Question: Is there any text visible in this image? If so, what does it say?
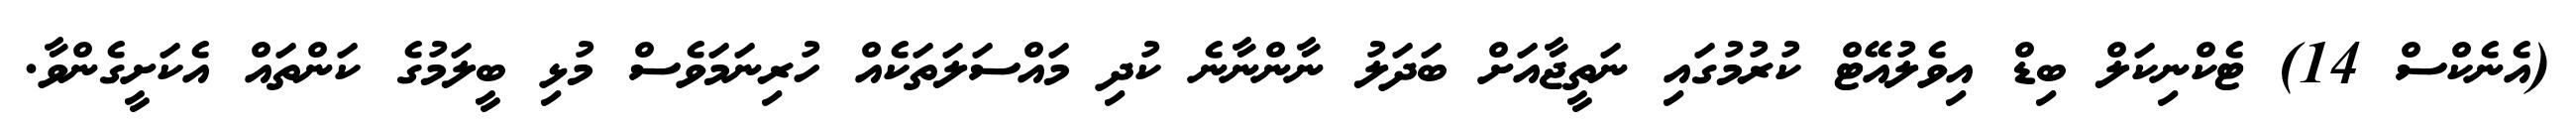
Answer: (އެނެކްސް 14) ޓެކްނިކަލް ބިޑް އިވެލުއޭޓް ކުރުމުގައި ނަތީޖާއަށް ބަދަލު ނާންނާނެ ކުދި މައްސަލަތަކެއް ހުރިނަމަވެސް މުޅި ބީލަމުގެ ކަންތައް އެކަށީގެންވާ.